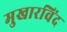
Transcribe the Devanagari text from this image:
मुखारविंद